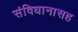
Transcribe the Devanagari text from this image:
संविधानासह